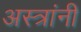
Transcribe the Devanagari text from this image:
अस्त्रांनी